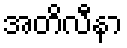
အတိလီနာ